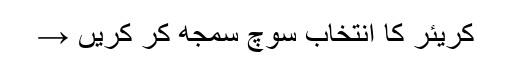
کریئر کا انتخاب سوچ سمجھ کر کریں →